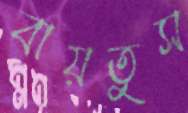
বায়তুস